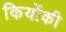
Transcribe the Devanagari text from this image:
कियोंकी